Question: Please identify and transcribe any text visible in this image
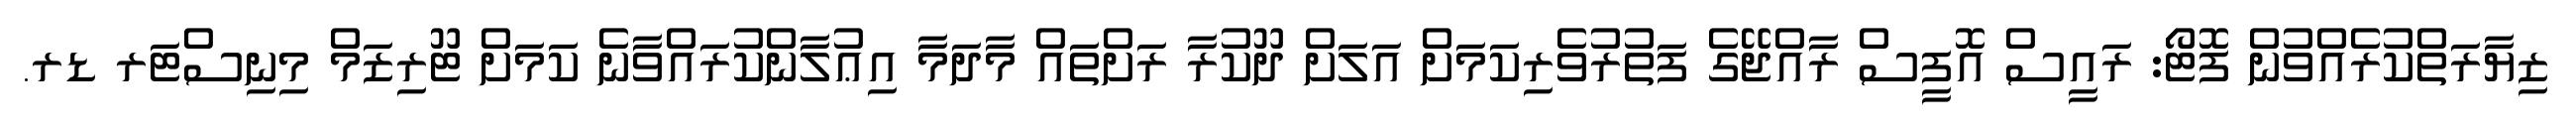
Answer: ޒިޔާރަތްކުރެއްވުން ފޮޓޯ: ރައީސް އޮފީސް ރާއްޖޭގެ ފަތުރުވެރިކަމަށް އަލަށް ދޫކުރާ ރަށްތައް މާދަމާ އިޢުލާންކުރައްވާނެ ކަމަށް ޓޫރިޒަމް މިނިސްޓަރ ޑރ.